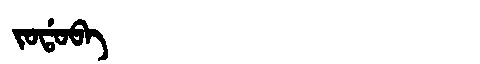
Manchu: ᠵᠣᡩᠣᠪᠠ
Romanization: JODOBA